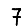
Digit: 7